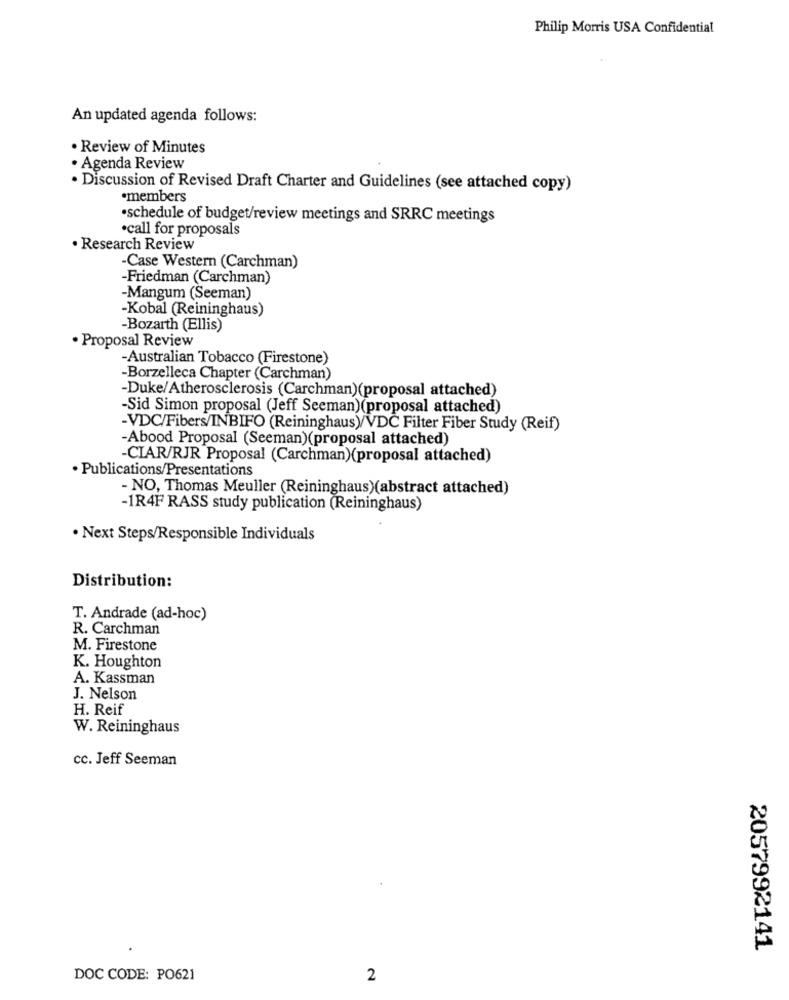
Philip Morris USA Confidential
An updated agenda follows:
· Review of Minutes
· Agenda Review
· Discussion of Revised Draft Charter and Guidelines (see attached copy)
·members
·schedule of budget/review meetings and SRRC meetings
·call for proposals
· Research Review
-Case Western (Carchman)
-Friedman (Carchman)
-Mangum (Seeman)
-Kobal (Reininghaus)
-Bozarth (Ellis)
· Proposal Review
-Australian Tobacco (Firestone)
-Borzelleca Chapter (Carchman)
-Duke/Atherosclerosis (Carchman)(proposal attached)
-Sid Simon proposal (Jeff Seeman)(proposal attached)
-VDC/Fibers/INBIFO (Reininghaus)/VDC Filter Fiber Study (Reif)
-Abood Proposal (Seeman)(proposal attached)
-CIAR/RJR Proposal (Carchman)(proposal attached)
· Publications/Presentations
- NO, Thomas Meuller (Reininghaus)(abstract attached)
-1R4F RASS study publication (Reininghaus)
· Next Steps/Responsible Individuals
Distribution:
T. Andrade (ad-hoc)
R. Carchman
M. Firestone
K. Houghton
A. Kassman
J. Nelson
H. Reif
W. Reininghaus
cc. Jeff Seeman
2057992141
DOC CODE: PO621
2